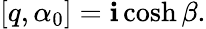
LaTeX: [q,\alpha_{0}]=\mathbf{i}\cosh\beta.